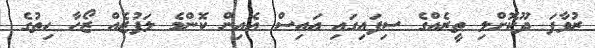
ރުވާފަ ދޫކޮށްލި ތީރެއްގެ ސިފައިގައި އައިސް އެއިން ކޮންމެ ލަފުޒެއް ޒޯހާ ހިތުގެ